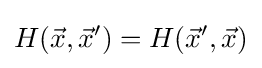
H({\vec {x}},{\vec {x}}')=H({\vec {x}}',{\vec {x}})\,\!